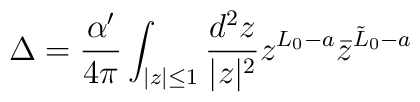
\Delta = {\alpha^\prime \over 4\pi} \int_{|z|\leq 1} {d^2z \over |z|^2} z^{L_0-a}\bar{z}^{\tilde{L}_0-a}